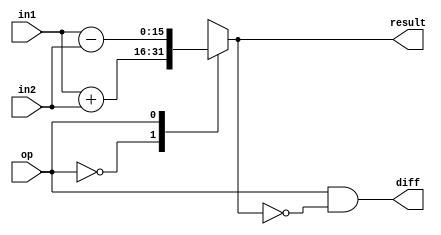
`timescale 1ns / 1ps
//////////////////////////////////////////////////////////////////////////////////
// Company: 
// Engineer: 
// 
// Design Name: 
// Module Name: alu
// Project Name: 
// Target Devices: 
// Tool Versions: 
// Description: 
// 
// Dependencies: 
// 
// Revision:
// Revision 0.01 - File Created
// Additional Comments:
// 
//////////////////////////////////////////////////////////////////////////////////
  
module alu(
    input [15:0] in1, 
    input [15:0] in2, 
    input op,
    output reg [15:0] result,
    output wire diff
    );
    
    always @ (op, in1, in2)
        case (op)
            0: result <= in1 + in2;
            1: result <= in1 - in2;  
        endcase
 
   assign diff = (op == 1 && result == 16'd0); 
   
endmodule